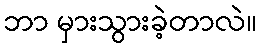
ဘာ မှားသွားခဲ့တာလဲ။